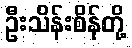
ဦးသိန်းစိန်တို့